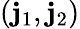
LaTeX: (\mathbf{j}_{1},\mathbf{j}_{2})